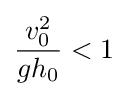
{\frac {v_{0}^{2}}{gh_{0}}}<1